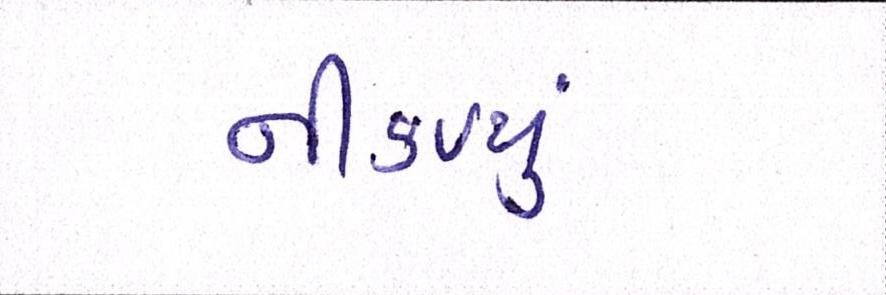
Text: નીકળ્યું